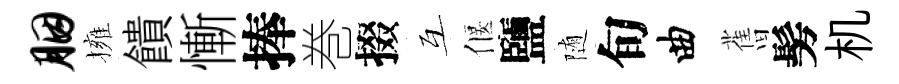
胭擁饋慚捧巻掇互偃鹽随旬曲𦾔髣机